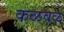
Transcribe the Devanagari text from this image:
कळवळ